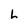
Character: L